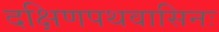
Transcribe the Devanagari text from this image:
दक्षिणपथवासिनः